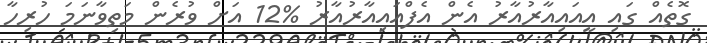
ގޮތެއް ގައި އީއައިއާރުއާރު އެން އެފްއައިއާރުއާރު %12 އަށް ވުރެން މަތިވާނަމަ ހުރިހާ